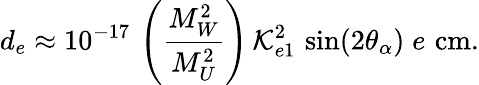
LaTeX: d_{e}\approx 10^{-17}\, \left(\frac{M_{W}^{2}}{M_{U}^{2}}\right)\, {\cal K}_{e1}^{2}\, \sin(2\theta_{\alpha})\; e\, \mathrm{\, cm}.